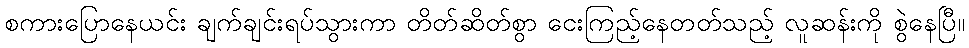
စကားပြောနေယင်း ချက်ချင်းရပ်သွားကာ တိတ်ဆိတ်စွာ ငေးကြည့်နေတတ်သည့် လူဆန်းကို စွဲနေပြီ။